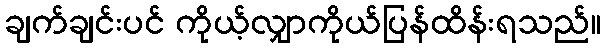
ချက်ချင်းပင် ကိုယ့်လျှာကိုယ်ပြန်ထိန်းရသည်။